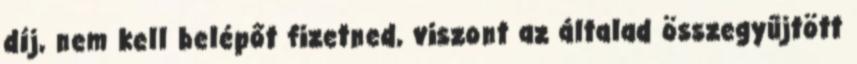
díj, nem kell belépőt fizetned, viszont az általad összegyűjtött